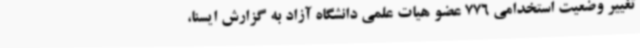
تغییر وضعیت استخدامی 776 عضو هیات علمی دانشگاه آزاد به گزارش ایسنا،